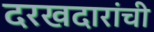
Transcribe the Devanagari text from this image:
दरखदारांची